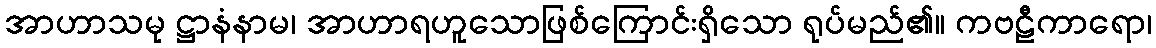
အာဟာသမု ဋ္ဌာနံနာမ၊ အာဟာရဟူသောဖြစ်ကြောင်းရှိသော ရုပ်မည်၏။ ကဗဠီကာရော၊